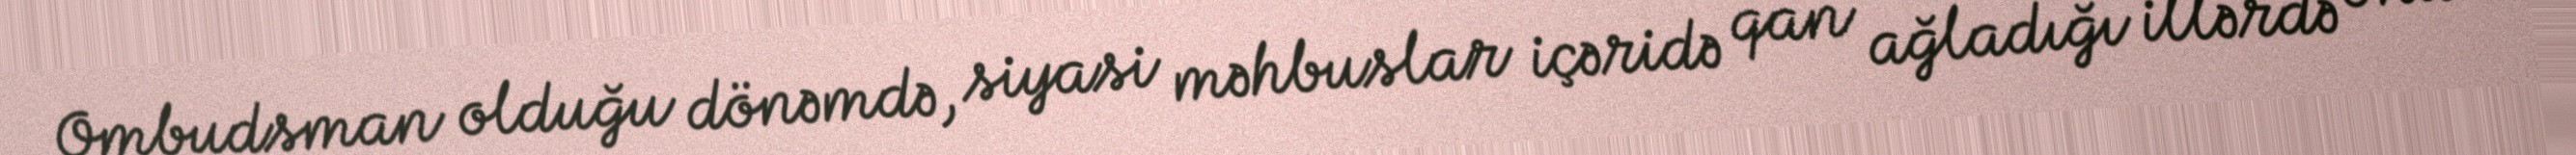
Ombudsman olduğu dönəmdə, siyasi məhbuslar içəridə qan ağladığı illərdə onu